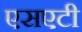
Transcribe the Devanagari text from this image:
एसएटी